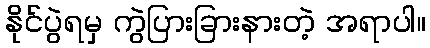
နိုင်ပွဲရမှ ကွဲပြားခြားနားတဲ့ အရာပါ။